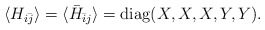
\begin{align*}\langle H_{i\bar{j}}\rangle=\langle \bar{H}_{\bar{i}j}\rangle={\rm diag}(X,X,X,Y,Y).\end{align*}